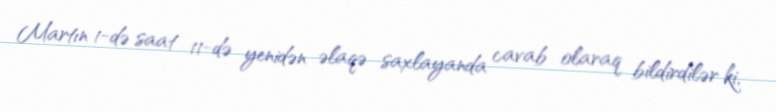
Martın 1-də saat 11-də yenidən əlaqə saxlayanda cavab olaraq bildirdilər ki,